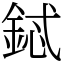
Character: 鋱